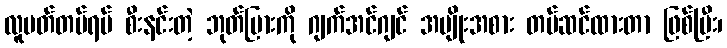
လူမတ်တပ်ရပ် စီးနင်းတဲ့ ဘုတ်ပြားကို ဂျက်အင်ဂျင် အမျိုးအစား တပ်ဆင်ထားတာ ဖြစ်ပြီး၊